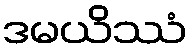
ဒမယိဿံ